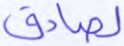
لصادق